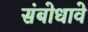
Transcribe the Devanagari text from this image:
संबोधावे